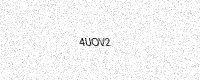
Text: 4UOV2